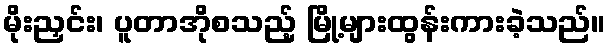
မိုးညှင်း၊ ပူတာအိုစသည့် မြို့များထွန်းကားခဲ့သည်။